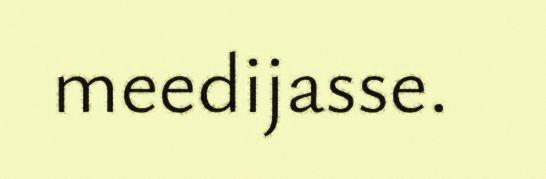
meedijasse.